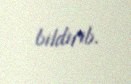
bildirib.